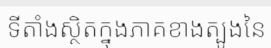
ទីតាំងស្ថិតក្នុងភាគខាងត្បូងនៃ